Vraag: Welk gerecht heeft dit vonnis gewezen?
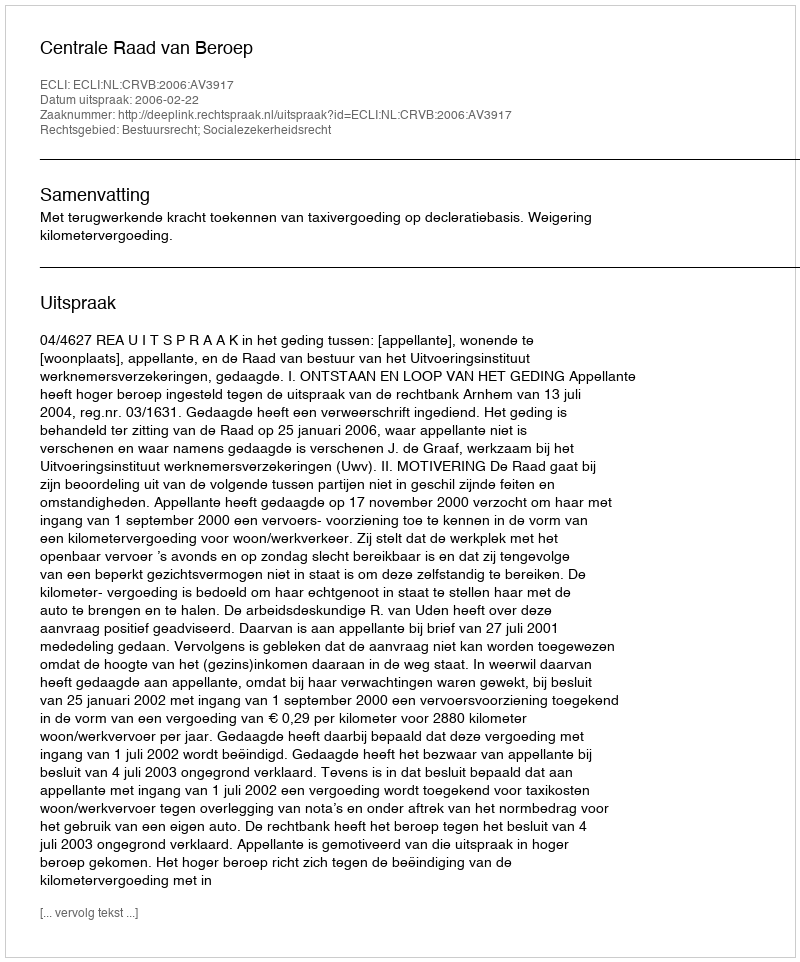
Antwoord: Centrale Raad van Beroep